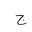
Letter: _gim